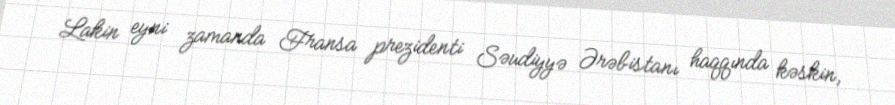
Lakin eyni zamanda Fransa prezidenti Səudiyyə Ərəbistanı haqqında kəskin,